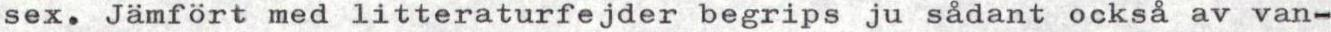
sex. Jämfört med litteraturfejder begrips ju sådant också av van-